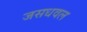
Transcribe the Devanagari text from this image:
जसधवल